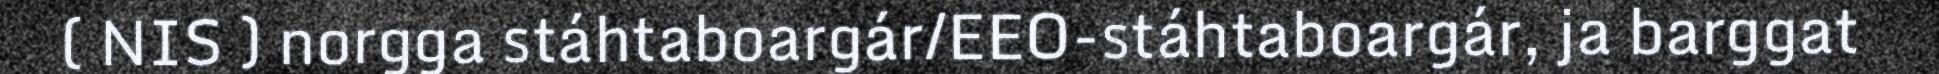
( NIS ) norgga stáhtaboargár/EEO-stáhtaboargár, ja barggat